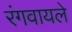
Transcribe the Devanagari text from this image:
रंगवायले